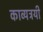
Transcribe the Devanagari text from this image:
काव्यत्रयी